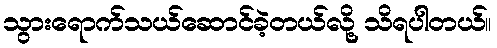
သွားရောက်သယ်ဆောင်ခဲ့တယ်လို့ သိရပါတယ်။